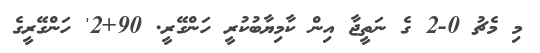
މި މެޗު 0-2 ގެ ނަތީޖާ އިން ކާމިޔާބުކުރީ ހަންގޭރީ. 90+2' ހަންގޭރީގެ